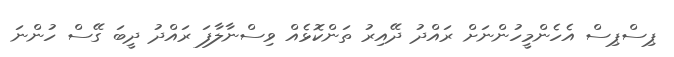
ޕިސްޕިސް އެހެންމީހުންނަށް ރައްދު ދޭއިރު ތަންކޮޅެއް ވިސްނާލާފަ ރައްދު ދީބަ ގޭސް ހުންނަ